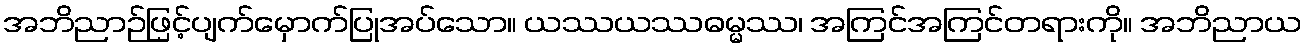
အဘိညာဉ်ဖြင့်ပျက်မှောက်ပြုအပ်သော။ ယဿယဿဓမ္မဿ၊ အကြင်အကြင်တရားကို။ အဘိညာယ